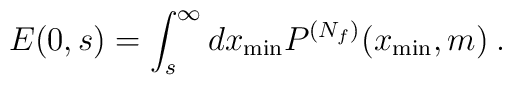
E(0,s)=\int_s^\infty dx_{\rm min} P^{(N_f)}(x_{\rm min},m)\:.